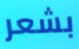
بشعر